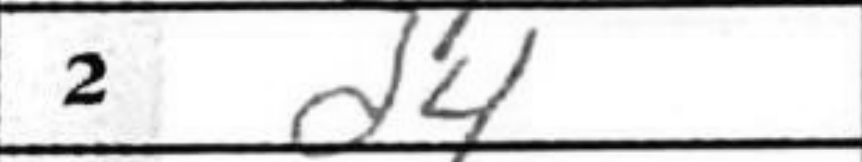
Transcription: d4